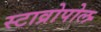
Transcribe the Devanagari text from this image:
स्टाव्रोपोल